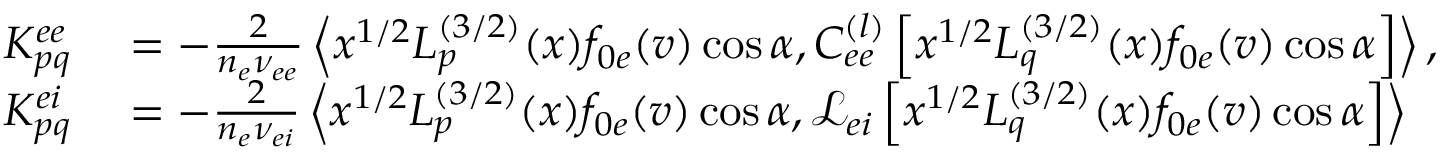
\begin{array} { r l } { K _ { p q } ^ { e e } } & { { } = - \frac { 2 } { n _ { e } \nu _ { e e } } \left< x ^ { 1 / 2 } L _ { p } ^ { ( 3 / 2 ) } ( x ) f _ { 0 e } ( v ) \cos \alpha , C _ { e e } ^ { ( l ) } \left[ x ^ { 1 / 2 } L _ { q } ^ { ( 3 / 2 ) } ( x ) f _ { 0 e } ( v ) \cos \alpha \right] \right> , } \\ { K _ { p q } ^ { e i } } & { { } = - \frac { 2 } { n _ { e } \nu _ { e i } } \left< x ^ { 1 / 2 } L _ { p } ^ { ( 3 / 2 ) } ( x ) f _ { 0 e } ( v ) \cos \alpha , \mathcal { L } _ { e i } \left[ x ^ { 1 / 2 } L _ { q } ^ { ( 3 / 2 ) } ( x ) f _ { 0 e } ( v ) \cos \alpha \right] \right> } \end{array}